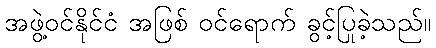
အဖွဲ့ဝင်နိုင်ငံ အဖြစ် ဝင်ရောက် ခွင့်ပြုခဲ့သည်။